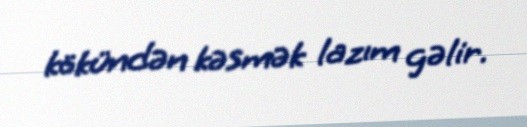
kökündən kəsmək lazım gəlir.